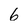
Character: 6